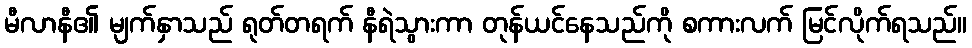
မီလာနီ၏ မျက်နှာသည် ရုတ်တရက် နီရဲသွားကာ တုန်ယင်နေသည်ကို စကားလက် မြင်လိုက်ရသည်။